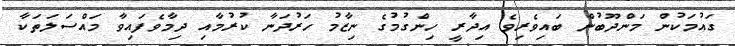
ގައުމަކުން މަންދޫބުން ބައިވެރިވެ އިދާރީ ހިންގުމުގެ ނިޒާމު ހަރުދަނާ ކުރުމާއި ދިމާވެފައިވާ މައްސަލަތަކާ